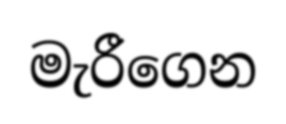
මැරීගෙන